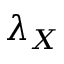
\lambda _ { X }